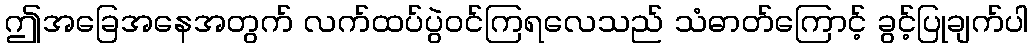
ဤအခြေအနေအတွက် လက်ထပ်ပွဲဝင်ကြရလေသည် သံဓာတ်ကြောင့် ခွင့်ပြုချက်ပါ